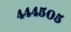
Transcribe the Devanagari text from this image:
४४४५०५